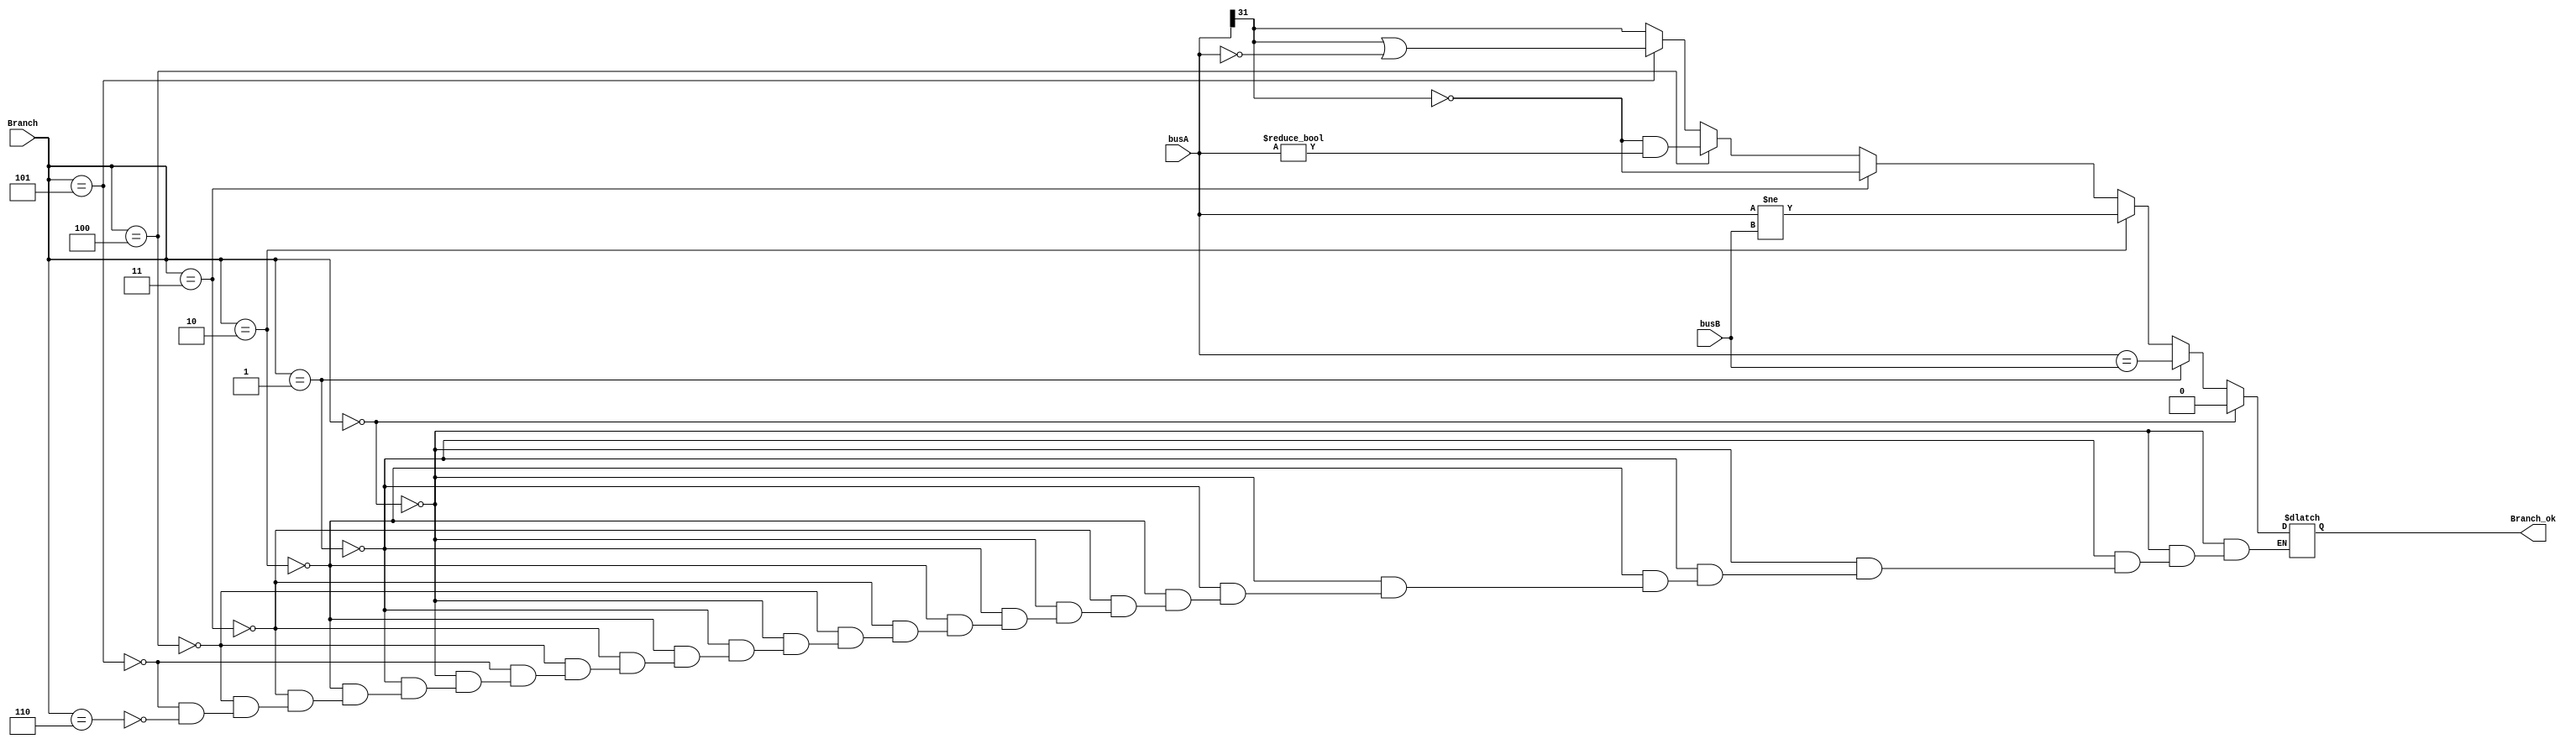
module branchOrNot(busA,busB,Branch,Branch_ok);
	input[31:0] busA;
	input[31:0] busB;
	input[2:0]  Branch;
	output reg  Branch_ok;

	initial begin
		Branch_ok = 0;
	end
	//**********<
	always @(*) begin
		//*****NO*******//
		if (Branch == 3'b000) begin
			Branch_ok = 0;
		end else 
		//*****BEQ******//
		if (Branch == 3'b001) begin
			Branch_ok = (busA == busB);
		end else 
		//*****BNE******//
		if (Branch == 3'b010) begin
			Branch_ok = (busA != busB);
		end else 
		//*****BGEZ******//
		//busA
		if (Branch == 3'b011) begin
			Branch_ok = (busA[31] == 1'b0);
		//*****BGTZ******//
		//busA
		end else
		if (Branch == 3'b100) begin
			Branch_ok = (busA[31] == 1'b0 && busA != 32'b0);
		end else 
		//*****BLEZ******//
		//busA
		if (Branch == 3'b101) begin
			Branch_ok = (busA[31] == 1'b1 || busA == 32'b0);
		end else
		//*****BLTZ******//
		//busA
		if (Branch == 3'b110) begin
			Branch_ok = (busA[31] == 1'b1);
		end 
	end
endmodule